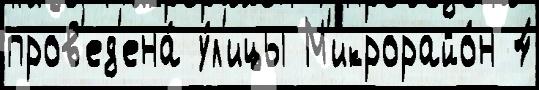
пров'ед'ена́ у́л'ицы М'икрорайо́н 4